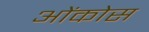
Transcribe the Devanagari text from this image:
ओंकोस